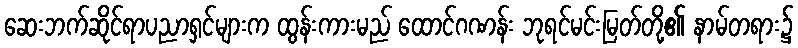
ဆေးဘက်ဆိုင်ရာပညာရှင်များက ထွန်းကားမည် ထောင်ဂဏန်း ဘုရင်မင်းမြတ်တို့၏ နာမ်တရား၌